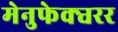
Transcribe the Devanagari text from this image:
मेनुफेक्चरर